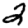
Digit: 2